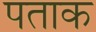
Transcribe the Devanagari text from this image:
पताक